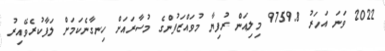
2022 ވަނަ އަހަރު 9759.8 މިލިއަން ރުފިޔާ މުވައްޒަފުންގެ މުސާރައަށް ހިނގާނެކަމަށް ލަފާކުރެވޭއިރު